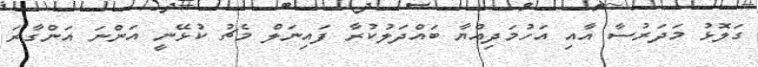
ގަލޮޅު މަދަރުސާ އާއި އަހުމަދިއްޔާ ބައްދަލުކުރާ ފައިނަލް މެޗު ކުޅޭނީ އަންނަ އަންގާރަ